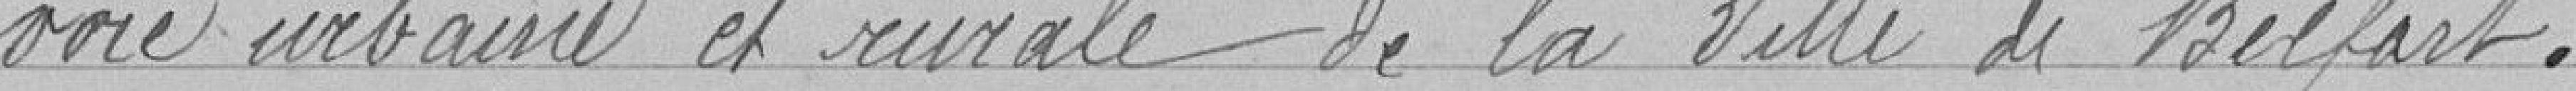
voie urbaine et rurale de la ville de Belfort.